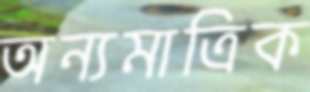
অন্যমাত্রিক